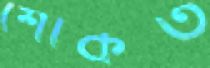
শৌকত